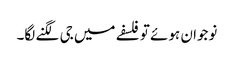
نوجوان ہوئے تو فلسفے میں جی لگنے لگا۔